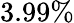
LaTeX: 3.99\%